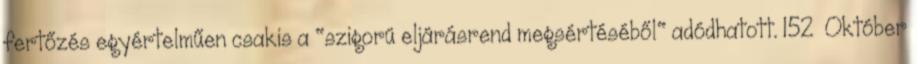
fertőzés egyértelműen csakis a "szigorú eljárásrend megsértéséből" adódhatott. 152 Október